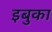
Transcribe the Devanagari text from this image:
इबुका